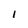
Character: l